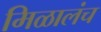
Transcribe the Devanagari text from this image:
मिळालंच